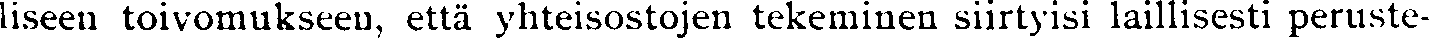
liseen toivomukseen, että yhteisostojen tekeminen siirtyisi laillisesti peruste-